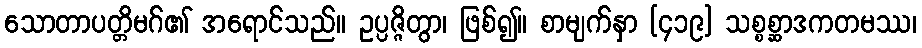
သောတာပတ္တိမဂ်၏ အရောင်သည်။ ဥပ္ပဇ္ဇိတွာ၊ ဖြစ်၍။ စာမျက်နှာ [၄၁၉] သစ္စစ္ဆာဒကတမဿ၊